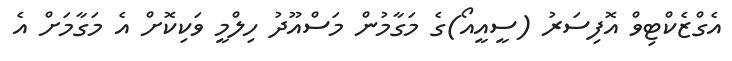
އެގްޒެކްޓިވް އޮފިސަރު (ސީއީއޯ)ގެ މަގާމުން މަސްއޫދު ހިލްމީ ވަކިކޮށް އެ މަގާމަށް އެ